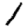
Digit: 1